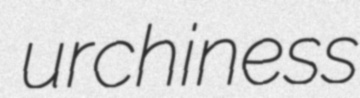
urchiness